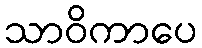
သာဝိကာပေ